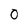
Character: 0